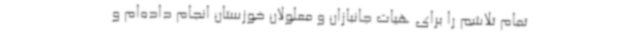
تمام تلاشم را برای هیات جانبازان و معلولان خوزستان انجام داده‌ام و